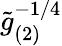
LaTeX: \tilde{g}_{(2)}^{-1/4}